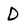
Character: D